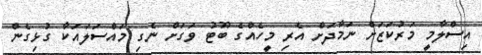
އިސްލާމީ މަރުކަޒަށް ނަމާދަށް އެރި މީހެއްގެ ބޫޓު ވަގަށް ނެގި މައްސަލައަކާ ގުޅިގެން